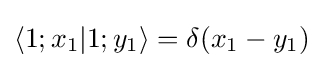
\langle 1;x_{1}|1;y_{1}\rangle =\delta (x_{1}-y_{1})